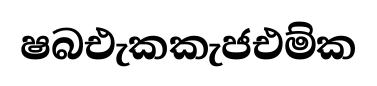
ෂබඑැකකැජඑම්ක